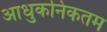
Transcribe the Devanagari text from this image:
आधुकनिकतम